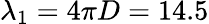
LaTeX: \lambda_{1}=4\pi D=14.5